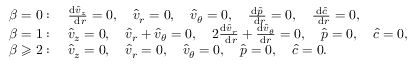
\begin{array} { r l } & { \beta = 0 : \quad \frac { \mathrm { d } \hat { v } _ { z } } { \mathrm { ~ d } r } = 0 , \quad \hat { v } _ { r } = 0 , \quad \hat { v } _ { \theta } = 0 , \quad \frac { \mathrm { d } \hat { p } } { \mathrm { ~ d } r } = 0 , \quad \frac { \mathrm { d } \hat { c } } { \mathrm { ~ d } r } = 0 , } \\ & { \beta = 1 : \quad \hat { v } _ { z } = 0 , \quad \hat { v } _ { r } + \hat { v } _ { \theta } = 0 , \quad 2 \frac { \mathrm { d } \hat { v } _ { r } } { \mathrm { ~ d } r } + \frac { \mathrm { d } \hat { v } _ { \theta } } { \mathrm { d } r } = 0 , \quad \hat { p } = 0 , \quad \hat { c } = 0 , } \\ & { \beta \geqslant 2 : \quad \hat { v } _ { z } = 0 , \quad \hat { v } _ { r } = 0 , \quad \hat { v } _ { \theta } = 0 , \quad \hat { p } = 0 , \quad \hat { c } = 0 . } \end{array}